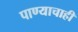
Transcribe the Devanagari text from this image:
पाण्‍याचाही